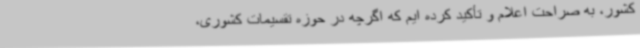
کشور، به صراحت اعلام و تأکید کرده ایم که اگرچه در حوزه تقسیمات کشوری،